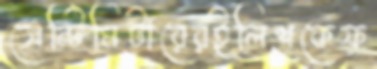
সেন্টিমিটারেরইলিশকেফ